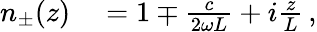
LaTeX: \begin{array}{rl}{n_{\pm}(z)}&{{}=1\mp\frac{c}{2\omega L}+i\frac{z}{L}\, ,}\end{array}